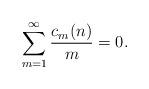
LaTeX: \begin{align*}\sum_{m=1}^{\infty}\frac{c_m(n)}{m}=0. \end{align*}